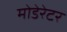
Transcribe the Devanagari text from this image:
मोडेरेटर